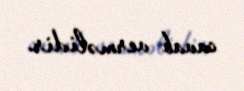
cavab verməlidir.